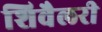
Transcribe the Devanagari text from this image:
शिवैलरी